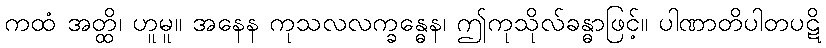
ကထံ အတ္ထိ၊ ဟူမူ။ အနေန ကုသလလက္ခန္ဓေန၊ ဤကုသိုလ်ခန္ဓာဖြင့်။ ပါဏာတိပါတပဋိ